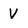
Character: V